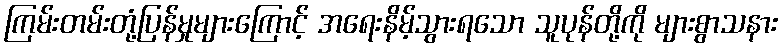
ကြမ်းတမ်းတုံ့ပြန်မှုများကြောင့် အရေးနိမ့်သွားရသော သူပုန်တို့ကို များစွာသနား